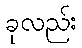
ခုလည်း